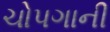
ચોપગાની